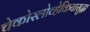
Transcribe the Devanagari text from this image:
चेकोस्लोव्हेकियासुद्धा